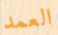
العمد